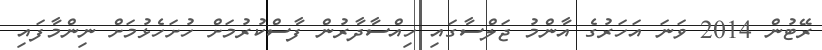
ރޭޓުން 2014 ވަނަ އަހަރުގެ އާންމު ޖަލްސާގައި ހިއްސާދާރުން ފާސްކުރުމަށް ހުށަހެޅުމަށް ނިންމާފައި